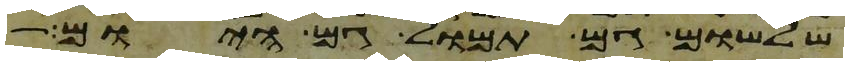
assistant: שלשום גם תמול גם היום